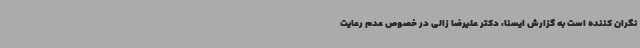
نگران کننده است به گزارش ایسنا، دکتر علیرضا زالی در خصوص عدم رعایت